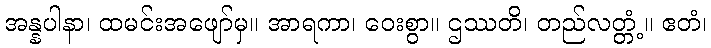
အန္နပါနာ၊ ထမင်းအဖျော်မှ။ အာရကာ၊ ဝေးစွာ။ ဌဿတိ၊ တည်လတ္တံ့။ ဧတံ၊